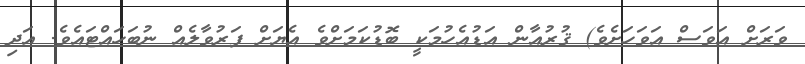
ވަރަށް އަވަސް އަވަހަށެވެ) ޤުރުއާން އަޑުއެހުމަކީ ބޮޑުކަމަށްވެ އެޔަށް ފަރުވާލެއް ނުބަހައްޓައެވެ. އަދި